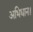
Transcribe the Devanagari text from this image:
अभिधान।